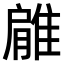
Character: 𨿱